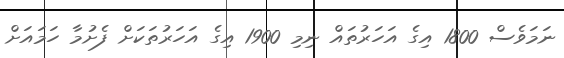
ނަމަވެސް 1800 އިގެ އަހަރުތައް ނިމި 1900 އިގެ އަހަރުތަކަށް ފެށުމާ ހަމައަށް